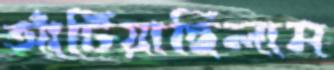
আঁটিয়াছিলাম